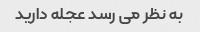
به نظر می رسد عجله دارید